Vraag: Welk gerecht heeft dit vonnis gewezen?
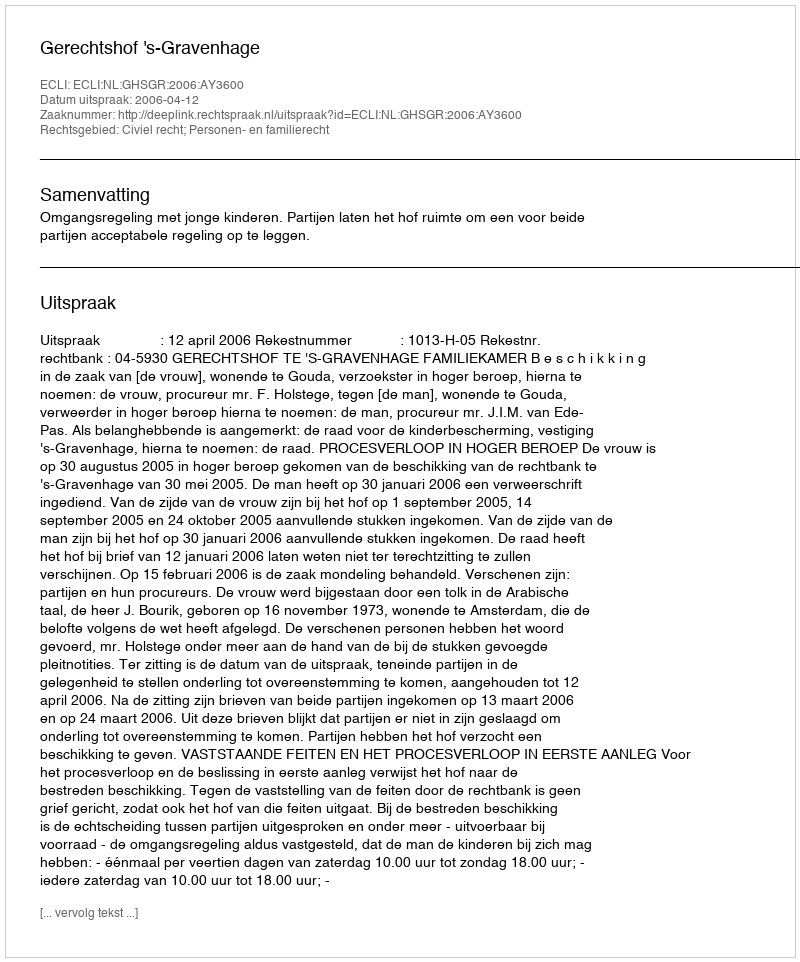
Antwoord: Gerechtshof 's-Gravenhage